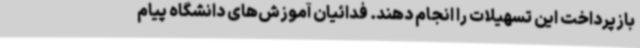
بازپرداخت این تسهیلات را انجام دهند. فدائیان آموزش‌های دانشگاه پیام